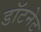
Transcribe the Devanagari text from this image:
डॉटनेट